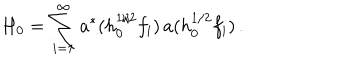
H _ { 0 } = \sum _ { i = 1 } ^ { \infty } a ^ { * } ( h _ { 0 } ^ { 1 / 2 } f _ { i } ) \, a ( h _ { 0 } ^ { 1 / 2 } f _ { i } ) \, .